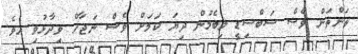
ތަންތަން ވެސް ސަބްސިޑީ ލިބެމުން ދިޔަ ކަމަށް ވެސް ނަޖާހް ވިދާޅުވި އެވެ.